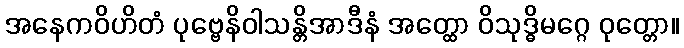
အနေကဝိဟိတံ ပုဗ္ဗေနိဝါသန္တိအာဒီနံ အတ္ထော ဝိသုဒ္ဓိမဂ္ဂေ ဝုတ္တော။